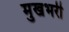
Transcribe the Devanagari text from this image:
मुखभरी